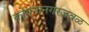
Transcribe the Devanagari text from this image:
कोयनानगरजवळ